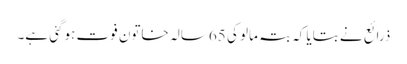
ذرائع نے بتایا کہ بتہ مالو کی 65سالہ خاتون فوت ہوگئی ہے۔